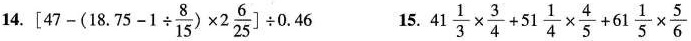
14.$$[ 4 7 - ( 1 8 . 7 5 - 1 \div \frac { 8 } { 1 5 } ) \times 2 \frac { 6 } { 2 5 } ] \div 0 . 4 6$$ 15.$$4 1 \frac { 1 } { 3 } \times \frac { 3 } { 4 } + 5 1 \frac { 1 } { 4 } \times \frac { 4 } { 5 } + 6 1 \frac { 1 } { 5 } \times \frac { 5 } { 6 }$$